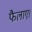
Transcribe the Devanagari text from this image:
फैलाए।